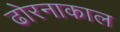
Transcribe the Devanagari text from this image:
ढोरनाकाल